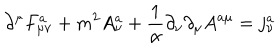
LaTeX: \partial ^ { \mu } F _ { \mu \nu } ^ { a } + m ^ { 2 } A _ { \nu } ^ { a } + \frac 1 \alpha \partial _ { \nu } \partial _ { \mu } A ^ { a \mu } = j _ { \nu } ^ { a }